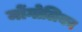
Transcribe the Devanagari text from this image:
मोंगोलियन